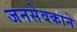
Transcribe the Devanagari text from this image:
जनसेवकाने